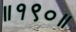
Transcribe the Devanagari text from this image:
॥१९०॥